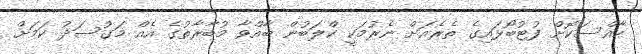
ހާއްސަކޮށް ފުޓުބޯޅައިގެ ތެރެއަށް ނެރުމަކީ ކްލަބުން ބާއްވާ މުބާރާތުގެ އެއް މަގުސަދު ކަމަށް